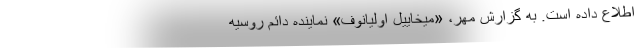
اطلاع داده است. به گزارش مهر، «میخاییل اولیانوف» نماینده دائم روسیه